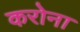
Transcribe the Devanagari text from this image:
करोना